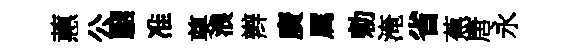
蕙公駰准奠浪辫廣属勅淹省蕉唐永